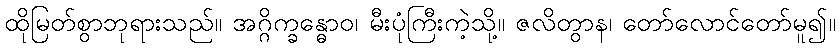
ထိုမြတ်စွာဘုရားသည်။ အဂ္ဂိက္ခန္ဓောဝ၊ မီးပုံကြီးကဲ့သို့။ ဇလိတွာန၊ တော်လောင်တော်မူ၍။